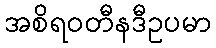
အစိရဝတီနဒီဥပမာ